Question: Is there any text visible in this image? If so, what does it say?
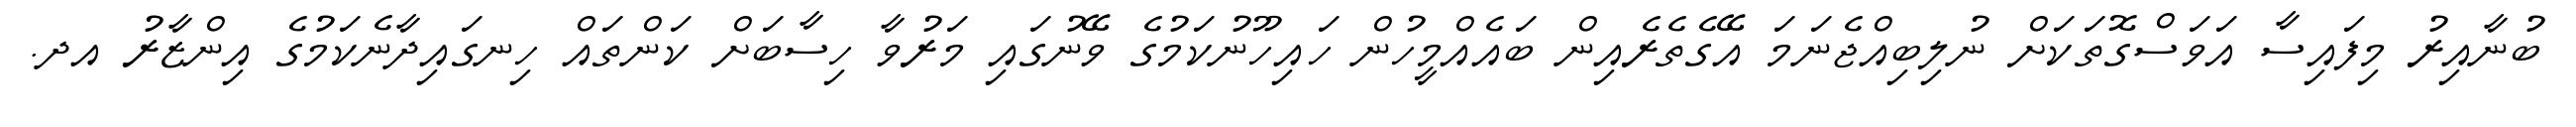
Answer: ބުނާއިރު މިފައިސާ އަވަސްގޮތަކަށް ނުލިބިއްޖެނަމަ އޭގެތެރެއިން ބައެއްމީހުން ހައިހޫނުކަމުގެ ވޭނުގައި މަރުވާ ހިސާބަށް ކަންތައް ހިނގައިދާނެކަމުގެ އިންޒާރު އދ.